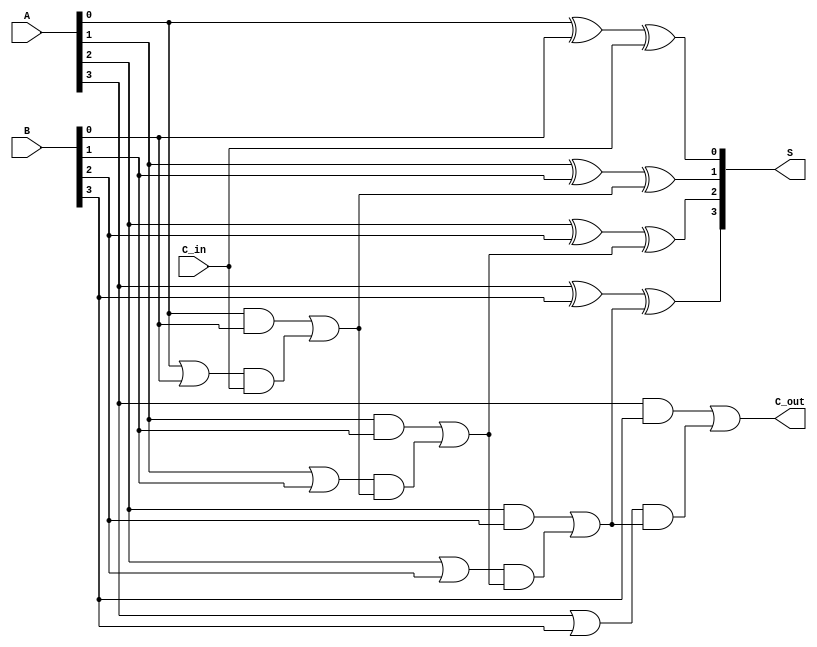
module han_carlson_adder #(parameter n = 4) (
    input  [n-1:0] A,      // First n-bit input
    input  [n-1:0] B,      // Second n-bit input
    input         C_in,     // Input carry
    output [n-1:0] S,      // n-bit sum output
    output        C_out     // Output carry
);

    // Generate and propagate signals
    wire [n-1:0] G; // Carry Generate
    wire [n-1:0] P; // Carry Propagate
    wire [n:0] C;   // Carry signals (C[0] = C_in)

    // Generate and propagate logic
    genvar i;
    generate
        for (i = 0; i < n; i = i + 1) begin : gen_prop
            assign G[i] = A[i] & B[i]; // Generate
            assign P[i] = A[i] | B[i]; // Propagate
        end
    endgenerate

    // Carry signals calculation
    assign C[0] = C_in; // Initial carry
    generate
        for (i = 0; i < n; i = i + 1) begin : carry_logic
            if (i == 0) begin
                assign C[i + 1] = G[i] | (P[i] & C[i]); // C_out[0]
            end else begin
                assign C[i + 1] = G[i] | (P[i] & C[i]); // C_out[i]
            end
        end
    endgenerate

    // Sum calculation
    generate
        for (i = 0; i < n; i = i + 1) begin : sum_logic
            if (i == 0) begin
                assign S[i] = A[i] ^ B[i] ^ C_in; // S[0]
            end else begin
                assign S[i] = A[i] ^ B[i] ^ C[i]; // S[i]
            end
        end
    endgenerate

    // Final carry out
    assign C_out = C[n]; // Output carry

endmodule